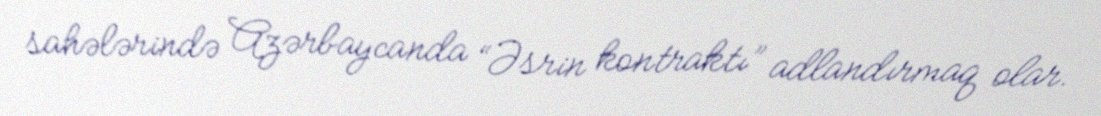
sahələrində Azərbaycanda “Əsrin kontraktı” adlandırmaq olar.